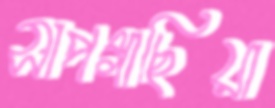
সাপগাছিয়া